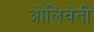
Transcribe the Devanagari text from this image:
ओलिवेती